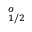
^ o _ { 1 / 2 }